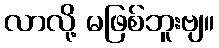
လာလို့ မဖြစ်ဘူးဗျ။